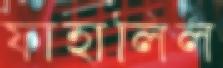
ফাহালিল